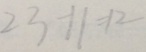
2 3 - 1 1 = 1 2